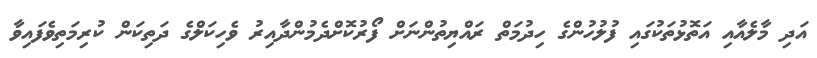
އަދި މާލެއާއި އަތޮޅުތަކުގައި ފުލުހުންގެ ހިދުމަތް ރައްޔިތުންނަށް ފޯރުކޮށްދެމުންދާއިރު ވެހިކަލްގެ ދަތިކަން ކުރިމަތިވެފައިވާ